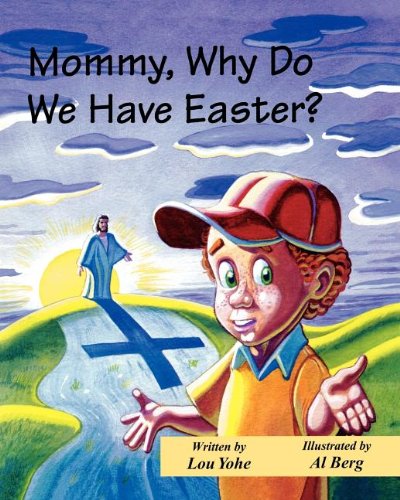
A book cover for Mommy, Why Do We Have Easter?; Lou Yohe; Children's Books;